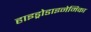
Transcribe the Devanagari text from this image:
हाइड्रोडाइनेमिका